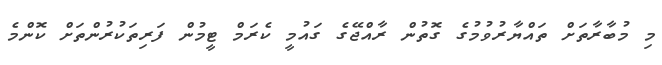
މި މުބާރާތަށް ތައްޔާރުވުމުގެ ގޮތުން ރާއްޖޭގެ ގައުމީ ކެރަމް ޓީމުން ފަރިތަކުރުންތަށް ކޮންމެ